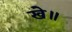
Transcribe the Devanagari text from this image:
खे॥